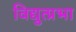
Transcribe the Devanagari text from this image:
विद्युत्प्रभा